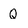
Character: Q